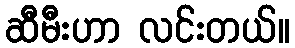
ဆီမီးဟာ လင်းတယ်။